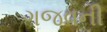
ગજવની